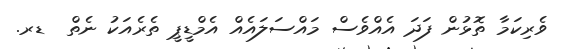
ވެރިކަމާ ތޮޅުން ފަދަ އެއްވެސް މައްސަލައެއް އެމްޑީޕީ ތެރެއަކު ނެތް  ޑރ.